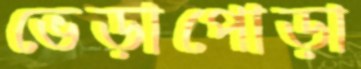
ভেড়াপোড়া